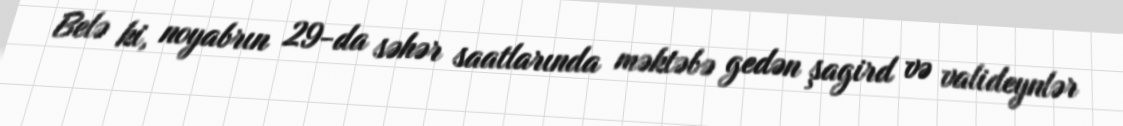
Belə ki, noyabrın 29-da səhər saatlarında məktəbə gedən şagird və valideynlər